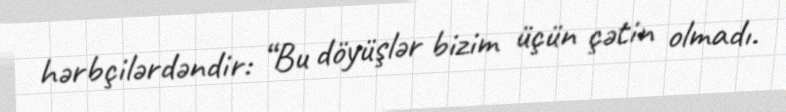
hərbçilərdəndir: “Bu döyüşlər bizim üçün çətin olmadı.